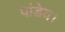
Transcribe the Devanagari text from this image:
पांडेय।